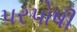
પરપોષી